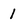
Character: 1